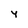
Character: Y